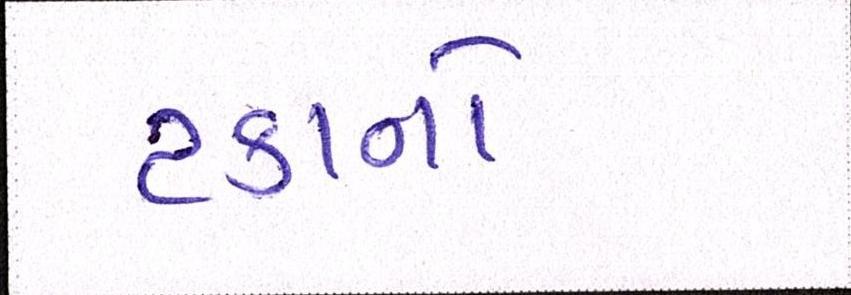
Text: ટકાનો